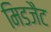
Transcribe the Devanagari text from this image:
मिडजैट